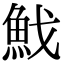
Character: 䰹